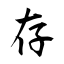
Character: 存